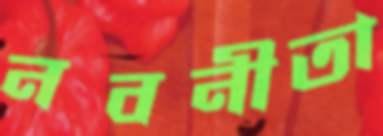
নবনীতা